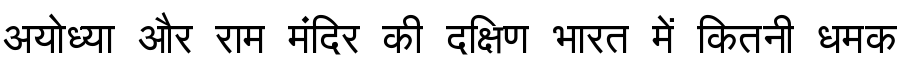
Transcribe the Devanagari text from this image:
अयोध्या और राम मंदिर की दक्षिण भारत में कितनी धमक